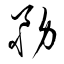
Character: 務